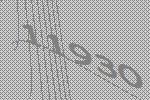
11930